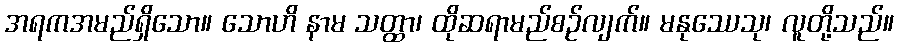
အရကအမည်ရှိသော။ သောဟိ နာမ သတ္ထာ၊ ထိုဆရာမည်စဉ်လျက်။ မနုဿေသု၊ လူတို့သည်။